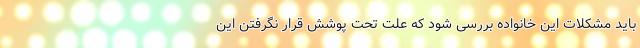
باید مشکلات این خانواده بررسی شود که علت تحت پوشش قرار نگرفتن این